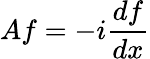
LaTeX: Af=-i{\frac{df}{dx}}